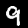
Label: 9